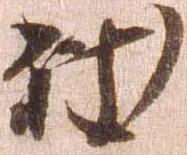
致